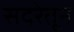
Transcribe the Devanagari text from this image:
सदरेतून